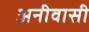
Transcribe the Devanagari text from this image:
अनीवासी